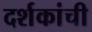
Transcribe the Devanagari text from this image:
दर्शकांची